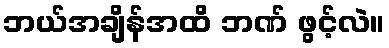
ဘယ်အချိန်အထိ ဘဏ် ဖွင့်လဲ။